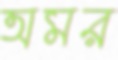
অমর